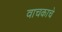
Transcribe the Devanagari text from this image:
वाचकाचे